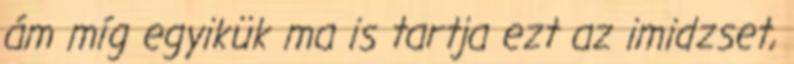
ám míg egyikük ma is tartja ezt az imidzset,